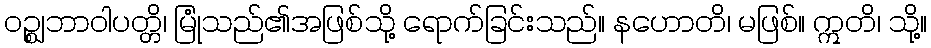
ဝဉ္ဈဘာဝါပတ္တိ၊ မြုံသည်၏အဖြစ်သို့ ရောက်ခြင်းသည်။ နဟောတိ၊ မဖြစ်။ ဣတိ၊ သို့။